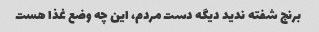
برنج شفته ندید دیگه دست مردم، این چه وضع غذا هست